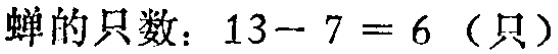
蝉的只数：\(13 - 7 = 6\)（只）